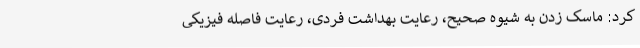
کرد: ماسک زدن به شیوه صحیح، رعایت بهداشت فردی، رعایت فاصله فیزیکی